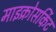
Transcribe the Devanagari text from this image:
माइक्रोसर्किट